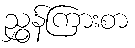
ညွှန်ကြားစာ